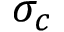
\sigma _ { c }